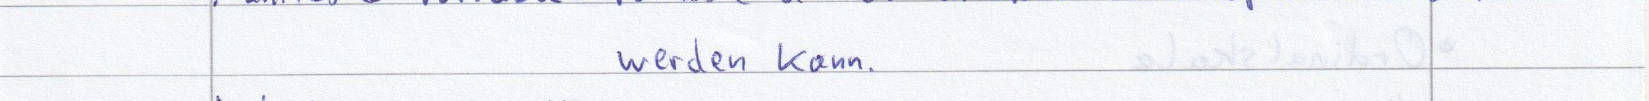
werden kann